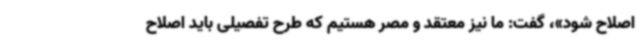
اصلاح شود»، گفت: ما نیز معتقد و مصر هستیم که طرح تفصیلی باید اصلاح